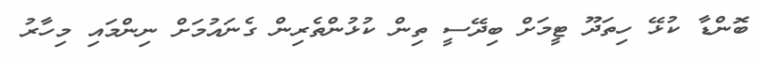
ބޮންޑާ ކުޅޭ ހިތަދޫ ޓީމަށް ބިދޭސީ ތިން ކުޅުންތެރިން ގެނައުމަށް ނިންމައި މިހާރު